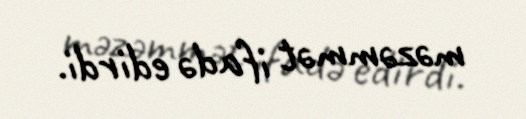
məzəmmət ifadə edirdi.